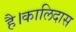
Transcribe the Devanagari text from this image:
है।कालिदास